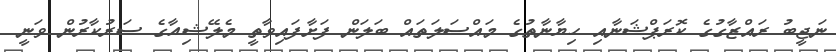
ނަޖީބު ރައްޒާގުގެ ކޮރަޕްޝަނާއި ހިޔާނާތުގެ މައްސަލަތައް ބަލަން ފަށާފައިވާތީ މެލޭޝިއާގެ ސަރުކާރުން ވަނީ